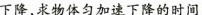
下.求物体匀加速下降的时间